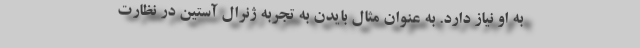
به او نیاز دارد. به عنوان مثال بایدن به تجربه ژنرال آستین در نظارت